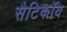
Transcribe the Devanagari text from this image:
सैटिकॉय